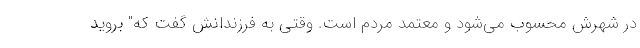
در شهرش محسوب می‌شود و معتمد مردم است. وقتی به فرزندانش گفت که" بروید